Indian journal of veterinary science and animal husbandry - Volumes 15-17, 1948-1951
Year: 1948
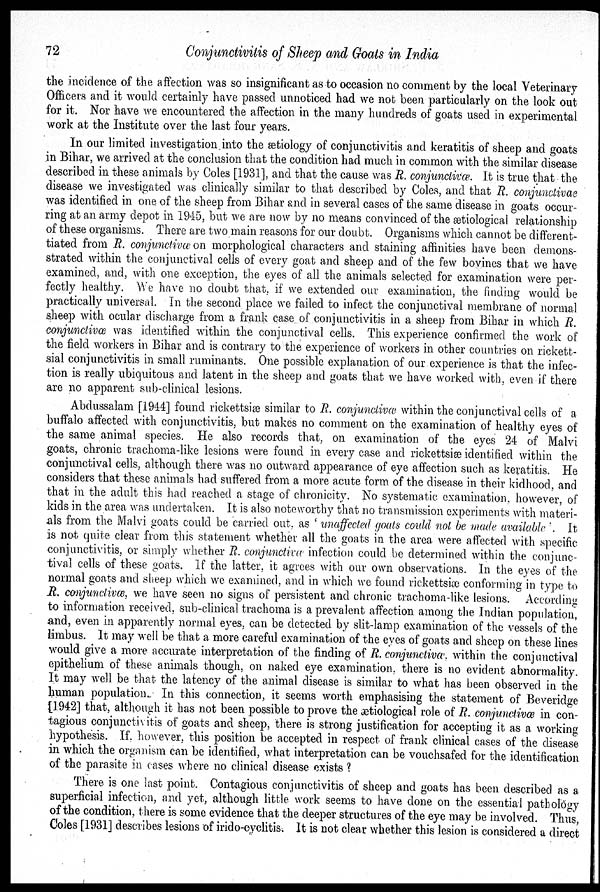
72
Conjunctivitis of Sheep and Goats in India
the incidence of the affection was so insignificant as to occasion no comment by the local Veterinary
Officers and it would certainly have passed unnoticed had we not been particularly on the look out
for it. Nor have we encountered the affection in the many hundreds of goats used in experimental
work at the Institute over the last four years.
In our limited investigation into the ætiology of conjunctivitis and keratitis of sheep and goats
in Bihar, we arrived at the conclusion that the condition had much in common with the similar disease
described in these animals by Coles [1931], and that the cause was R. conjunctivæ. It is true that the
disease we investigated was clinically similar to that described by Coles, and that R. conjunctivae
was identified in one of the sheep from Bihar and in several cases of the same disease in goats occur-
ring at an army depot in 1945, but we are now by no means convinced of the ætiological relationship
of these organisms. There are two main reasons for our doubt. Organisms which cannot be different-
tiated from R. conjunctivæ on morphological characters and staining affinities have been demon-
strated within the conjunctival cells of every goat and sheep and of the few bovines that we have
examined, and, with one exception, the eyes of all the animals selected for examination were per-
fectly healthy. We have no doubt that, if we extended our examination, the finding would be
practically universal. In the second place we failed to infect the conjunctival membrane of normal
sheep with ocular discharge from a frank case of conjunctivitis in a sheep from Bihar in which R.
conjunctivæ was identified within the conjunctival cells. This experience confirmed the work of
the field workers in Bihar and is contrary to the experience of workers in other countries on rickett-
sial conjunctivitis in small ruminants. One possible explanation of our experience is that the infec-
tion is really ubiquitous and latent in the sheep and goats that we have worked with, even if there
are no apparent sub-clinical lesions.
Abdussalam [1944] found rickettsiæ similar to R. conjunctivæ within the conjunctival cells of a
buffalo affected with conjunctivitis, but makes no comment on the examination of healthy eyes of
the same animal species. He also records that, on examination of the eyes 24 of Malvi
goats, chronic trachoma-like lesions were found in every case and rickettsiæ identified within the
conjunctival cells, although there was no outward appearance of eye affection such as keratitis. He
considers that these animals had suffered from a more acute form of the disease in their kidhood, and
that in the adult this had reached a stage of chronicity. No systematic examination, however, of
kids in the area was undertaken. It is also noteworthy that no transmission experiments with materi-
als from the Malvi goats could be carried out, as ' unaffected goats could not be made available '. It
is not quite clear from this statement whether all the goats in the area were affected with specific
conjunctivitis, or simply whether R. conjunctivæ infection could be determined within the conjunc-
tival cells of these goats. If the latter, it agrees with our own observations. In the eyes of the
normal goats and sheep which we examined, and in which we found rickettsiæ conforming in type to
R. conjunctivæ, we have seen no signs of persistent and chronic trachoma-like lesions. According
to information received, sub-clinical trachoma is a prevalent affection among the Indian population,
and, even in apparently normal eyes, can be detected by slit-lamp examination of the vessels of the
limbus. It may well be that a more careful examination of the eyes of goats and sheep on these lines
would give a more accurate interpretation of the finding of R. conjunctivæ, within the conjunctival
epithelium of these animals though, on naked eye examination, there is no evident abnormality.
It may well be that the latency of the animal disease is similar to what has been observed in the
human population. In this connection, it seems worth emphasising the statement of Beveridge
[1942] that, although it has not been possible to prove the ætiological role of R. conjunctivæ in con-
tagious conjunctivitis of goats and sheep, there is strong justification for accepting it as a working
hypothesis. If, however, this position be accepted in respect of frank clinical cases of the disease
in which the organism can be identified, what interpretation can be vouchsafed for the identification
of the parasite in cases where no clinical disease exists?
There is one last point. Contagious conjunctivitis of sheep and goats has been described as a
superficial infection, and yet, although little work seems to have done on the essential pathology
of the condition, there is some evidence that the deeper structures of the eye may be involved. Thus,
Coles [1931] describes lesions of irido-cyclitis. It is not clear whether this lesion is considered a direct